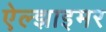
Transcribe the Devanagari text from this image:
ऐल्झाइमर